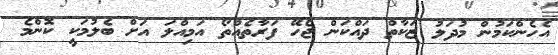
އެހެންކަމުން މުދަލު ޒަކާތް ދައްކަން ޖެހޭ ފަރާތެއްތޯ އަމިއްލަ އަށް ބެލުމަކީ ކޮންމެ